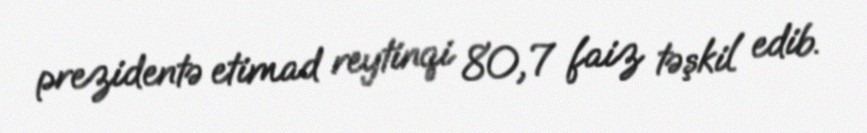
prezidentə etimad reytinqi 80,7 faiz təşkil edib.